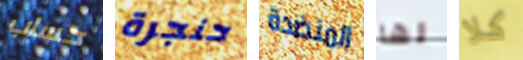
حساب حنجرة المنضدة لها كلا